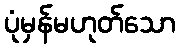
ပုံမှန်မဟုတ်သော